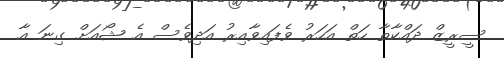
ސީރީޒް ދައްކާތާ ހަތް އަހަރު ވެފައިވާއިރު އަދިވެސް އެ ޝޯއަށް ގިނަ އާ